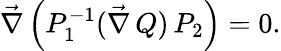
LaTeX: \vec{\nabla}\, \Bigl(P_{1}^{-1}(\vec{\nabla}\, Q)\, P_{2}\Bigr)=0.